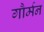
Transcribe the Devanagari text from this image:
गौर्मन